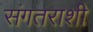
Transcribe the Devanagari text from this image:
संगतराशी